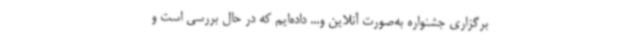
برگزاری جشنواره به‌صورت آنلاین و... داده‌ایم که در حال بررسی است و